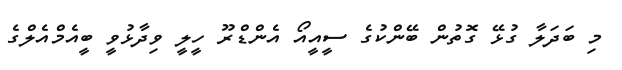
މި ބަދަލާ ގުޅޭ ގޮތުން ބޭންކުގެ ސީއީއޯ އެންޑްރޫ ހީލީ ވިދާޅުވީ ބީއެމްއެލްގެ